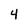
Character: 4